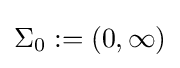
\Sigma _{0}:=(0,\infty )